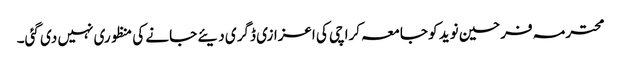
محترمہ فرحین نوید کو جامعہ کراچی کی اعزازی ڈگری دیئے جانے کی منظوری نہیں دی گئی۔